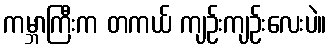
ကမ္ဘာကြီးက တကယ် ကျဉ်းကျဉ်းလေးပဲ။